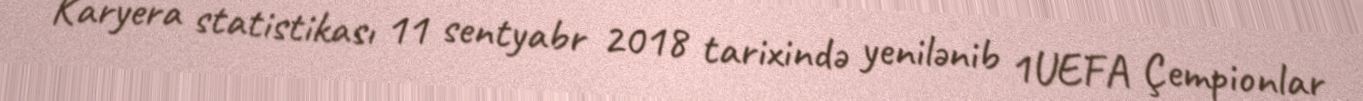
Karyera statistikası 11 sentyabr 2018 tarixində yenilənib 1UEFA Çempionlar